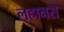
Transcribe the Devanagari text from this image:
लहानस